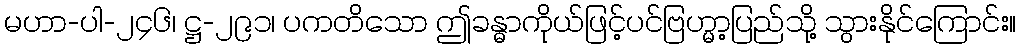
မဟာ-ပါ-၂၄၆၊ ဋ္ဌ-၂၉၁၊ ပကတိသော ဤခန္ဓာကိုယ်ဖြင့်ပင်ဗြဟ္မာ့ပြည်သို့ သွားနိုင်ကြောင်း။